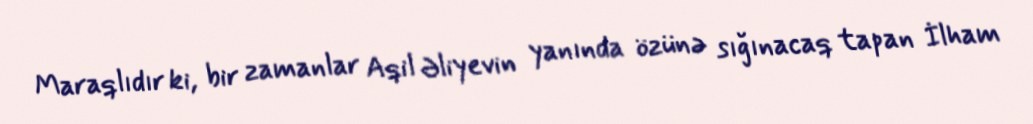
Maraqlıdır ki, bir zamanlar Aqil Əliyevin yanında özünə sığınacaq tapan İlham